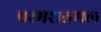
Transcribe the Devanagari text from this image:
परमशतमल